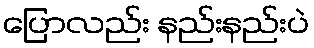
ပြောလည်း နည်းနည်းပဲ